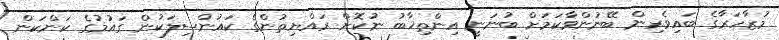
މުޒާހަރާގެ ބައިވެރިން ބޭނުންވާކަމަށް ބުނަނީ އިންތިޚާބު ނުކޮށް ރައްޔިތުންގެ ކައުންސިލަކުން ގައުމުގެ ކަންކަން